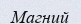
Магний